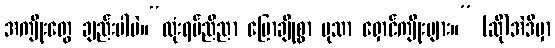
အကျိုးတွေ ချည်းပါပဲ။“လုံးရပ်ညီညာ ပြောချိုစွာ မုသာ ရှောင်ကျိုးများ။” (ဆို)အဲဒီမှာ